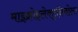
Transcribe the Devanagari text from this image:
माइक्रोइलेक्ट्रॉनवोल्ट